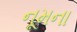
નૂમના